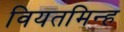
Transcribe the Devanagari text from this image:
वियतमिन्ह